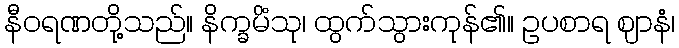
နီဝရဏတို့သည်။ နိက္ခမိံသု၊ ထွက်သွားကုန်၏။ ဥပစာရ ဈာနံ၊